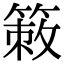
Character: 𥰡